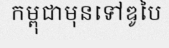
កម្ពុជាមុនទៅឌូបៃ